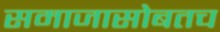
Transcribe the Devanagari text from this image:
समाजासोबतच